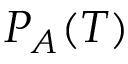
P _ { A } ( { \cal T } )